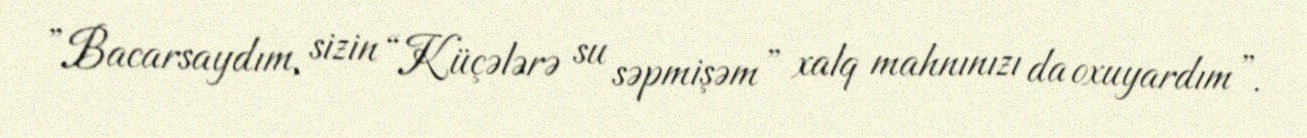
”Bacarsaydım, sizin “Küçələrə su səpmişəm” xalq mahnınızı da oxuyardım”.